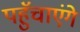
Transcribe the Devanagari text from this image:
पहुॅचाएंगे